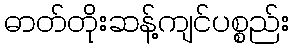
ဓာတ်တိုးဆန့်ကျင်ပစ္စည်း